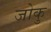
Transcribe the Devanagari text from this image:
जोकु